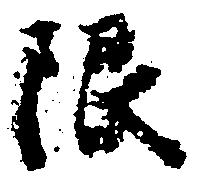
限